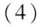
(4)